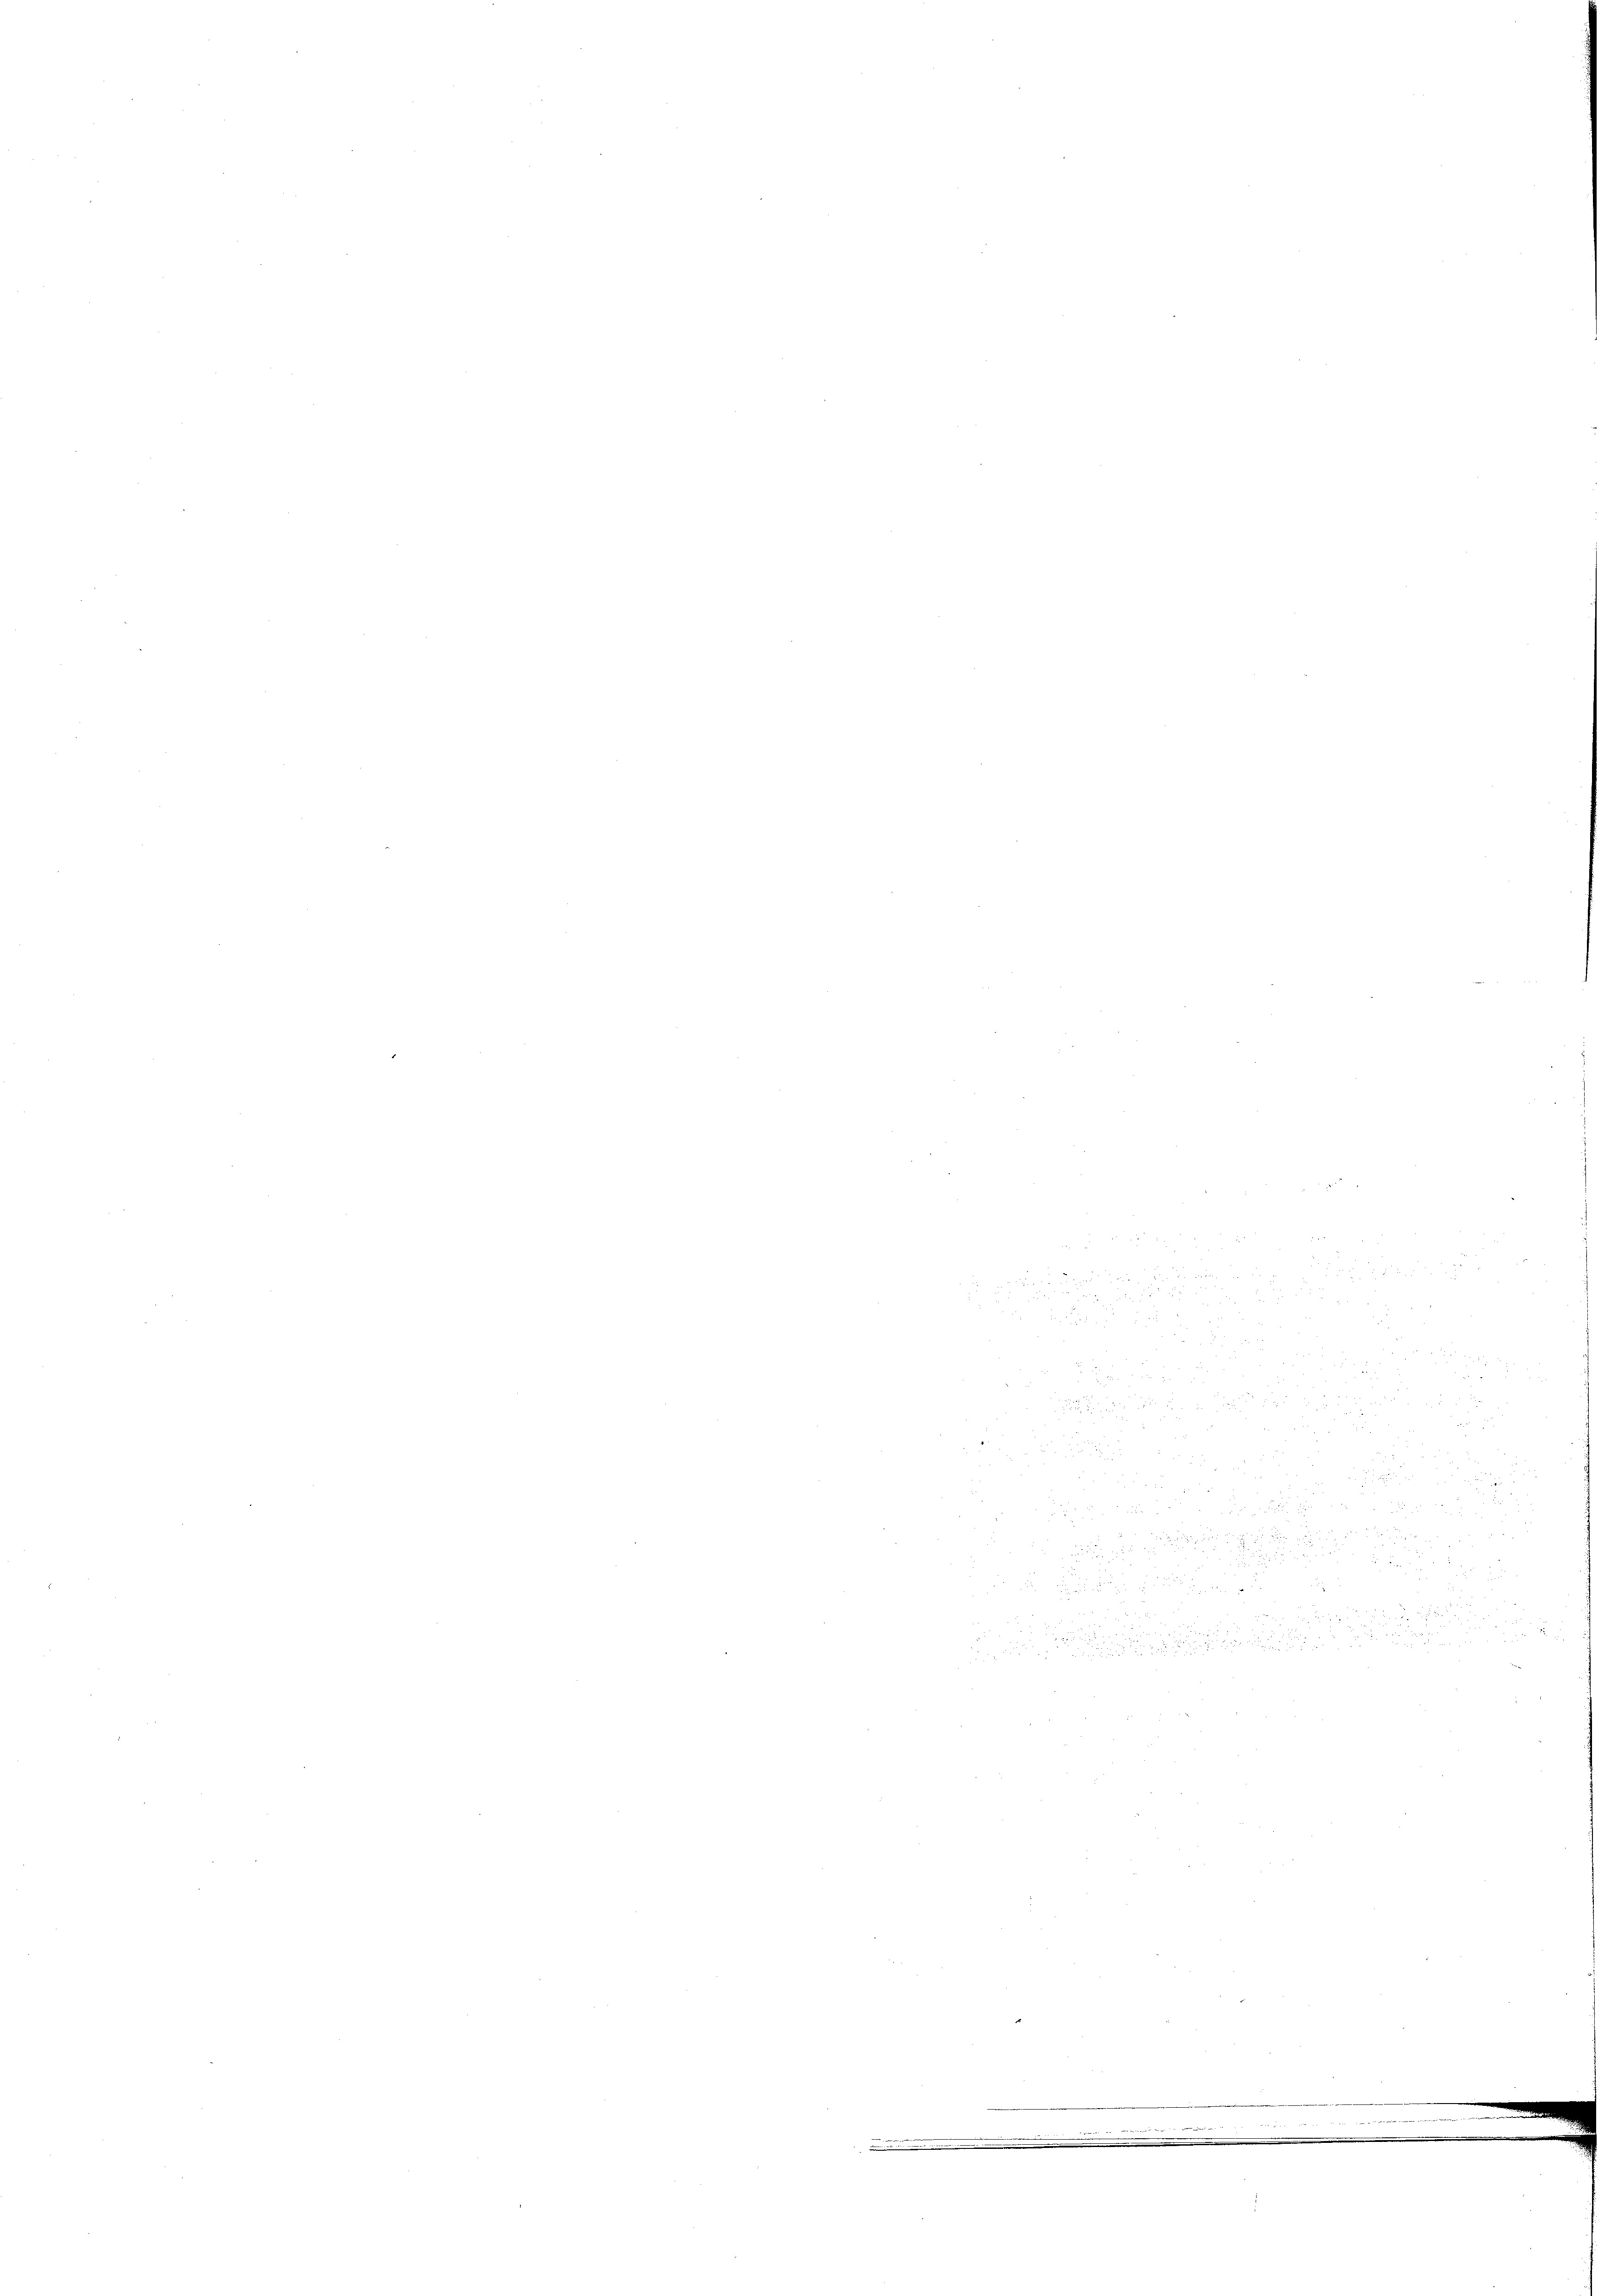
d

 xx

dass

 x
15 f 0 x
.